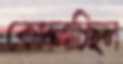
কোদ্‌লাচ্ছিল